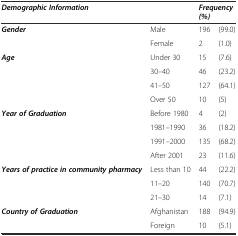
| Demographic Information |  | <COLSPAN=2> Frequency (%) |
 | --- | --- | --- | --- |
 | Gender | Male | 196 | (99.0) |
 |  | Female | 2 | (1.0) |
 | Age | Under 30 | 15 | (7.6) |
 |  | 30–40 | 46 | (23.2) |
 |  | 41–50 | 127 | (64.1) |
 |  | Over 50 | 10 | (5) |
 | Year of Graduation | Before 1980 | 4 | (2) |
 |  | 1981–1990 | 36 | (18.2) |
 |  | 1991–2000 | 135 | (68.2) |
 |  | After 2001 | 23 | (11.6) |
 | Years of practice in community pharmacy | Less than 10 | 44 | (22.2) |
 |  | 11–20 | 140 | (70.7) |
 |  | 21–30 | 14 | (7.1) |
 | Country of Graduation | Afghanistan | 188 | (94.9) |
 |  | Foreign | 10 | (5.1) |